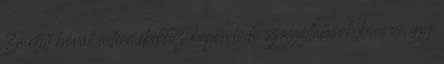
Emellett bővült a termékekhez kapcsolódó szolgáltatások köre is, így